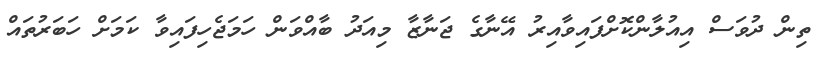
ތިން ދުވަސް އިއުލާންކޮށްފައިވާއިރު އޭނާގެ ޖަނާޒާ މިއަދު ބާއްވަން ހަމަޖެހިފައިވާ ކަމަށް ހަބަރުތައް